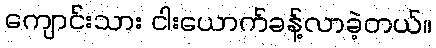
ကျောင်းသား ငါးယောက်ခန့်လာခဲ့တယ်။